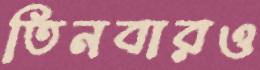
তিনবারও